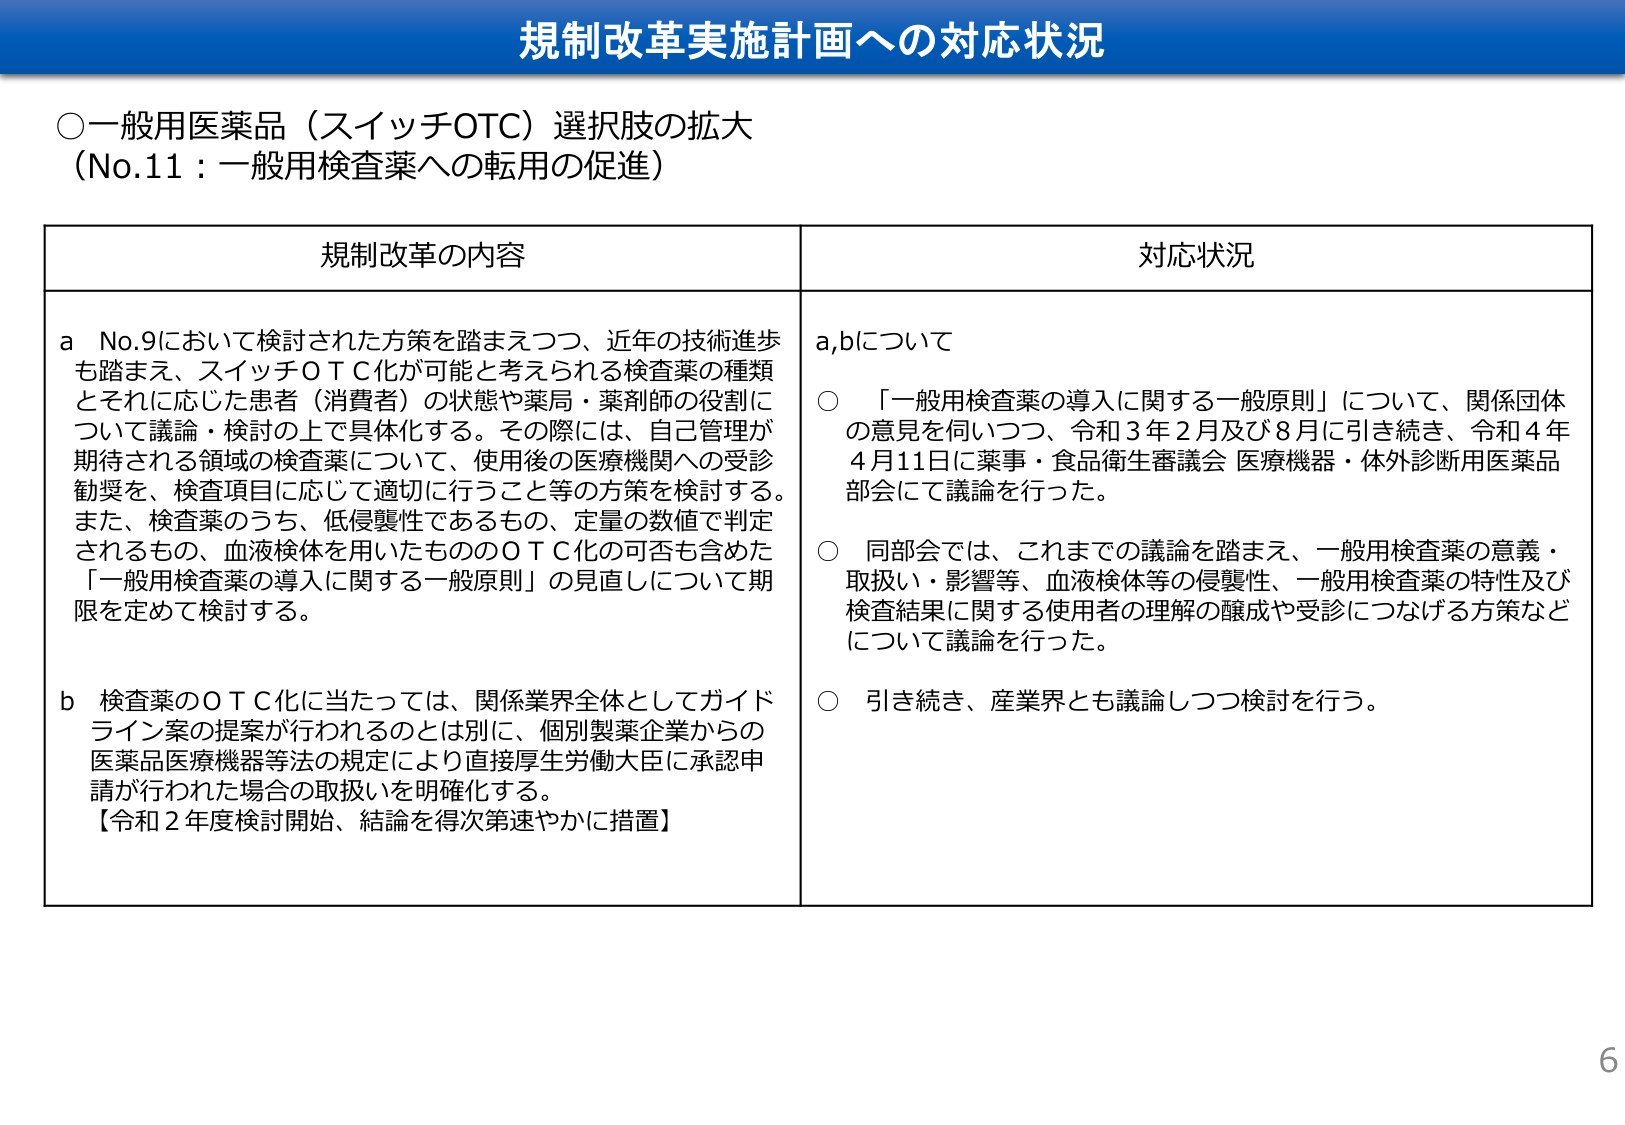
規制改革実施計画への対応状況

○一般用医薬品（スイッチOTC）選択肢の拡大
（No.11：一般用検査薬への転用の促進）

規制改革の内容 対応状況

a No.9において検討された方策を踏まえつつ、近年の技術進歩
も踏まえ、スイッチＯＴＣ化が可能と考えられる検査薬の種類
とそれに応じた患者（消費者）の状態や薬局・薬剤師の役割に
ついて議論・検討の上で具体化する。その際には、自己管理が
期待される領域の検査薬について、使用後の医療機関への受診
勧奨を、検査項目に応じて適切に行うこと等の方策を検討する。
また、検査薬のうち、低侵襲性であるもの、定量の数値で判定
されるもの、血液検体を用いたもののＯＴＣ化の可否も含めた
「一般用検査薬の導入に関する一般原則」の見直しについて期限
を定めて検討する。

b 検査薬のＯＴＣ化に当たっては、関係業界全体としてガイド
ライン案の提案が行われるのは別に、個別製薬企業からの
医薬品医療機器等法の規定により直接厚生労働大臣に承認申
請が行われた場合の取扱いを明確化する。
【令和２年度検討開始、結論を得次第速やかに措置】

a,bについて
○ 「一般用検査薬の導入に関する一般原則」について、関係団体
の意見を伺いつつ、令和３年２月及び８月に引き続き、令和４年
４月11日に薬事・食品衛生審議会 医療機器・体外診断用医薬品
部会にて議論を行った。
○ 同部会では、これまでの議論を踏まえ、一般用検査薬の意義・
取扱い・影響等、血液検体等の侵襲性、一般用検査薬の特性及び
検査結果に関する使用者の理解の醸成や受診につなげる方策など
について議論を行った。
○ 引き続き、産業界とも議論しつつ検討を行う。

6